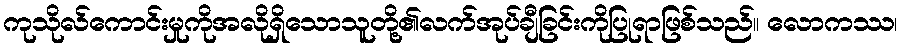
ကုသိုလ်ကောင်းမှုကိုအလိုရှိသောသူတို့၏လက်အုပ်ချီခြင်းကိုပြုရာဖြစ်သည်။ လောကဿ၊